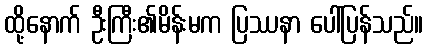
ထို့နောက် ဦးကြီး၏မိန်းမက ပြဿနာ ပေါ်ပြန်သည်။